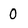
Character: 0